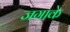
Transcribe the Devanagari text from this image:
जगाके